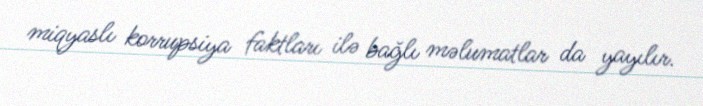
miqyaslı korrupsiya faktları ilə bağlı məlumatlar da yayılır.